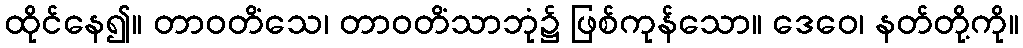
ထိုင်နေ၍။ တာဝတိံသေ၊ တာဝတိံသာဘုံ၌ ဖြစ်ကုန်သော။ ဒေဝေ၊ နတ်တို့ကို။